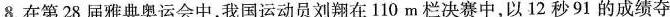
8.在第28届雅典奥运会中，我国运动员刘翔在110m栏决赛中，以12秒91的成绩夺